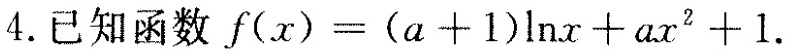
4.已知函数$$f ( x ) = ( a + 1 ) l n x + a x ^ { 2 } + 1$$.